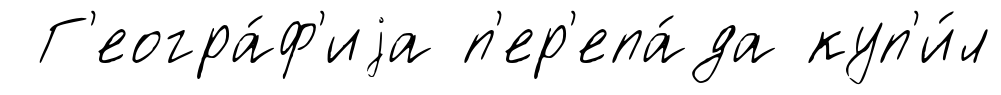
Г'еогра́ф'иjа п'ер'епа́да куп'и́л